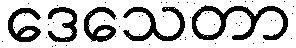
ဒေသေတာ